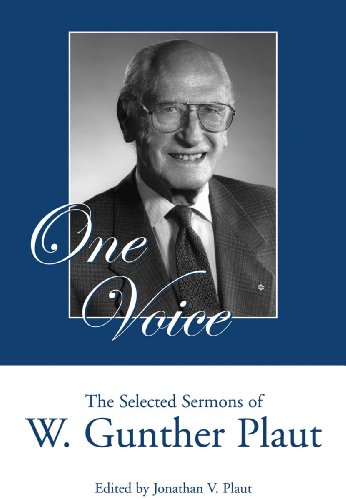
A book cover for One Voice: The Selected Sermons of W. Gunther Plaut; W. Gunther Plaut; Religion & Spirituality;